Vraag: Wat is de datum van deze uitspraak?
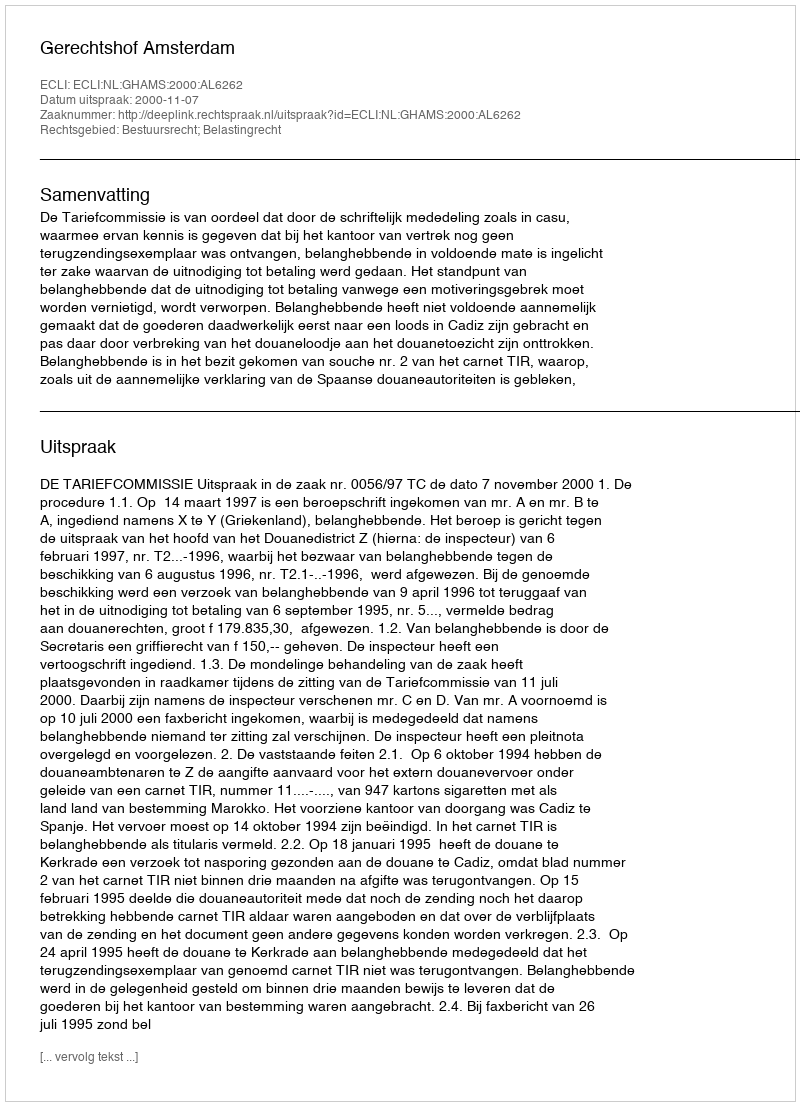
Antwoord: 2000-11-07